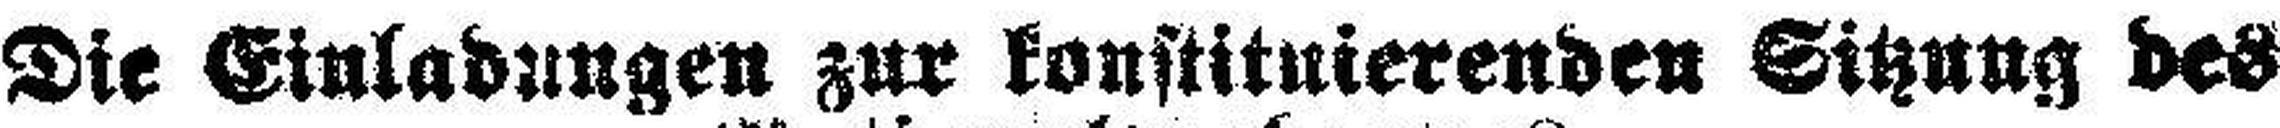
Die Einladungen zur konstituierenden Sitzung des